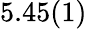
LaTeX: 5.45(1)